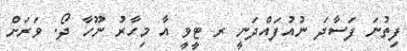
ފިތުނަ ފަސާދަ ނުއުފައްދަނީ ރ ޓީވީ އާ މިހާރު ނޫހާ ދޯ. ވަރަށް